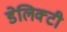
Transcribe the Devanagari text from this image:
डेलिक्टी